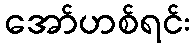
အော်ဟစ်ရင်း